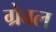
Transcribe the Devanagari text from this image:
ग्रेबल